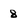
Character: 8